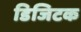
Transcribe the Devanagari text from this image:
डिजिटक